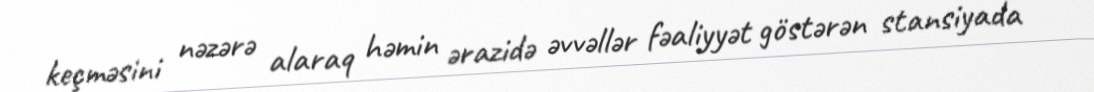
keçməsini nəzərə alaraq həmin ərazidə əvvəllər fəaliyyət göstərən stansiyada